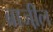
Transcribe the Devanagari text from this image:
ब्राजी़ल